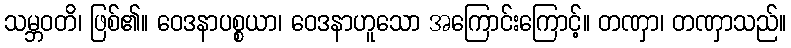
သမ္ဘဝတိ၊ ဖြစ်၏။ ဝေဒနာပစ္စယာ၊ ဝေဒနာဟူသော အကြောင်းကြောင့်။ တဏှာ၊ တဏှာသည်။